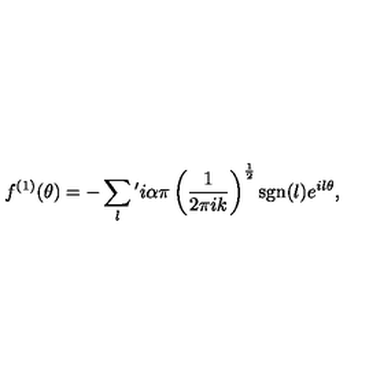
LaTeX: f ^ { \left( 1 \right) } ( \theta ) = - \sum _ { l } { } ^ { \prime } i \alpha \pi \left( \frac { 1 } { 2 \pi i k } \right) ^ { \frac { 1 } { 2 } } \mathrm { s g n } ( l ) e ^ { i l \theta } ,